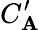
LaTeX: C_{\mathbf{A}}^{\prime}